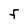
Character: F